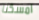
امسكنا